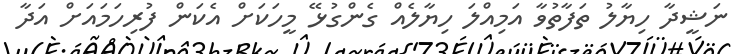
ނަޝީދާ ހިޔާލު ތަފާތުވާ އަމިއްލަ ހިޔާލެއް ގެންގުޅޭ މީހަކަށް އެކަން ފުރިހަމައަށް އަދާ